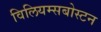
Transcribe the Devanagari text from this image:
विलियम्सबोस्टन